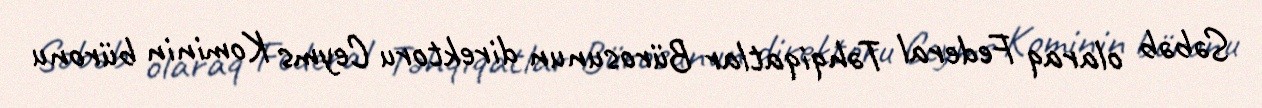
Səbəb olaraq Federal Təhqiqatlar Bürosunun direktoru Ceyms Kominin büronu